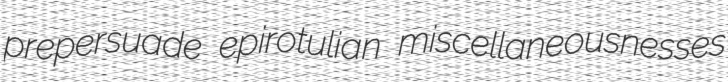
prepersuade epirotulian miscellaneousnesses